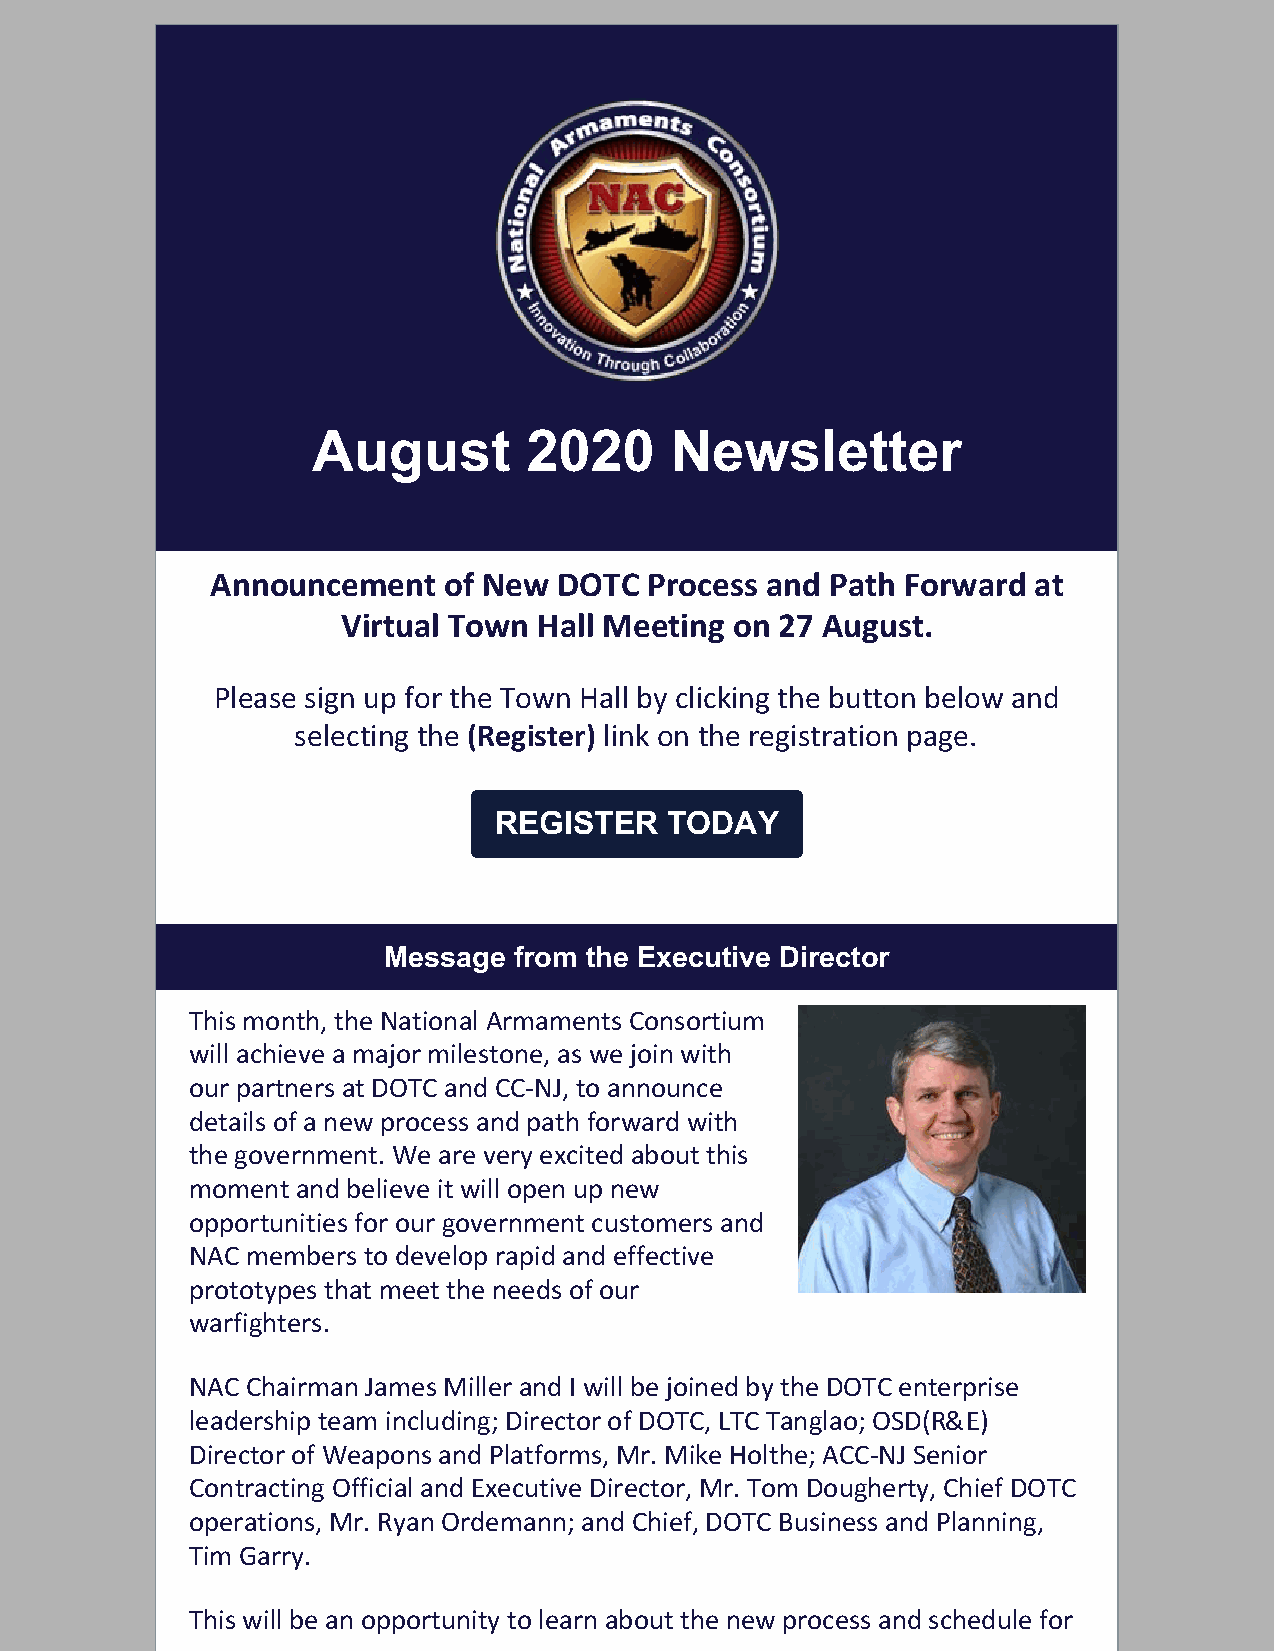
August        2020     Newsletter
 Announcement   of New  DOTC  Process and Path Forward at
 Virtual Town Hall Meeting on 27 August.
 Please sign up for the Town Hall by clicking the button below and
 selecting the (Register) link on the registration page.
 REGISTER   TODAY
 Message  from the Executive Director
 This month, the National Armaments Consortium
 will achieve a major milestone, as we join with
 our partners at DOTC and CC-NJ, to announce
 details of a new process and path forward with
 the government. We are very excited about this
 moment and believe it will open up new
 opportunities for our government customers and
 NAC members to develop rapid and effective
 prototypes that meet the needs of our
 warfighters.
 NAC Chairman James Miller and I will be joined by the DOTC enterprise
 leadership team including; Director of DOTC, LTC Tanglao; OSD(R&E)
 Director of Weapons and Platforms, Mr. Mike Holthe; ACC-NJ Senior
 Contracting Official and Executive Director, Mr. Tom Dougherty, Chief DOTC
 operations, Mr. Ryan Ordemann; and Chief, DOTC Business and Planning,
 Tim Garry.
 This will be an opportunity to learn about the new process and schedule for